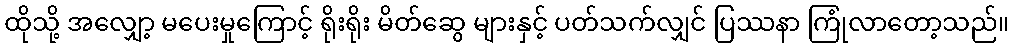
ထိုသို့ အလျှော့ မပေးမှုကြောင့် ရိုးရိုး မိတ်ဆွေ များနှင့် ပတ်သက်လျှင် ပြဿနာ ကြုံလာတော့သည်။